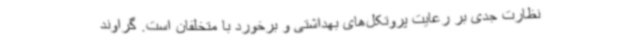
نظارت جدی بر رعایت پروتکل‌های بهداشتی و برخورد با متخلفان است. گراوند